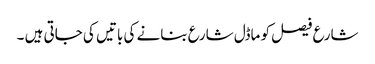
شارع فیصل کو ماڈل شارع بنانے کی باتیں کی جاتی ہیں ۔